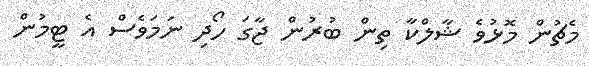
މެޗުން މޮޅުވެ ޝާލްކާ ތިން ބުރުން ޖާގަ ހޯދި ނަމަވެސް އެ ޓީމުން